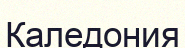
Каледония